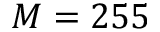
M = 2 5 5